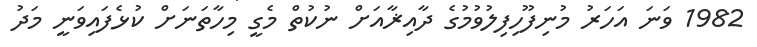
1982 ވަނަ އަހަރު މުނިފޫހިފިލުވުމުގެ ދާއިޜާއަށް ނުކުތް މެގީ މިހާތަނަށް ކުޅެފައިވަނީ މަދު